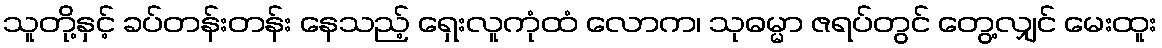
သူတို့နှင့် ခပ်တန်းတန်း နေသည့် ရှေးလူကုံထံ လောက၊ သုဓမ္မာ ဇရပ်တွင် တွေ့လျှင် မေးထူး